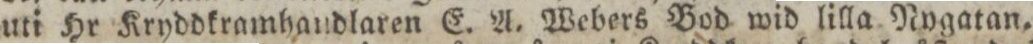
uti Hr Kryddkramhandlaren E. A. Webers Bod wid lilla Nygatan.